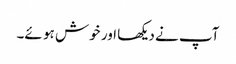
آپ نے دیکھا اور خوش ہو ئے۔